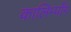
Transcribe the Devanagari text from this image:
कालिम्पाँग